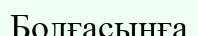
Болғасынға